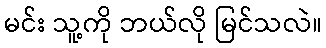
မင်း သူ့ကို ဘယ်လို မြင်သလဲ။